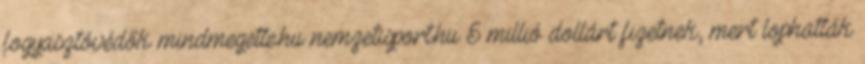
fogyasztóvédők mindmegette.hu nemzetisport.hu 5 millió dollárt fizetnek, mert lophatták